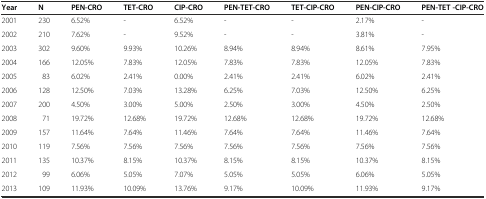
<table><thead><tr><td><b>Year</b></td><td><b>N</b></td><td><b>PEN-CRO</b></td><td><b>TET-CRO</b></td><td><b>CIP-CRO</b></td><td><b>PEN-TET-CRO</b></td><td><b>TET-CIP-CRO</b></td><td><b>PEN-CIP-CRO</b></td><td><b>PEN-TET -CIP-CRO</b></td></tr></thead><tbody><tr><td>2001</td><td>230</td><td>6.52%</td><td>-</td><td>6.52%</td><td>-</td><td>-</td><td>2.17%</td><td>-</td></tr><tr><td>2002</td><td>210</td><td>7.62%</td><td>-</td><td>9.52%</td><td>-</td><td>-</td><td>3.81%</td><td>-</td></tr><tr><td>2003</td><td>302</td><td>9.60%</td><td>9.93%</td><td>10.26%</td><td>8.94%</td><td>8.94%</td><td>8.61%</td><td>7.95%</td></tr><tr><td>2004</td><td>166</td><td>12.05%</td><td>7.83%</td><td>12.05%</td><td>7.83%</td><td>7.83%</td><td>12.05%</td><td>7.83%</td></tr><tr><td>2005</td><td>83</td><td>6.02%</td><td>2.41%</td><td>0.00%</td><td>2.41%</td><td>2.41%</td><td>6.02%</td><td>2.41%</td></tr><tr><td>2006</td><td>128</td><td>12.50%</td><td>7.03%</td><td>13.28%</td><td>6.25%</td><td>7.03%</td><td>12.50%</td><td>6.25%</td></tr><tr><td>2007</td><td>200</td><td>4.50%</td><td>3.00%</td><td>5.00%</td><td>2.50%</td><td>3.00%</td><td>4.50%</td><td>2.50%</td></tr><tr><td>2008</td><td>71</td><td>19.72%</td><td>12.68%</td><td>19.72%</td><td>12.68%</td><td>12.68%</td><td>19.72%</td><td>12.68%</td></tr><tr><td>2009</td><td>157</td><td>11.64%</td><td>7.64%</td><td>11.46%</td><td>7.64%</td><td>7.64%</td><td>11.46%</td><td>7.64%</td></tr><tr><td>2010</td><td>119</td><td>7.56%</td><td>7.56%</td><td>7.56%</td><td>7.56%</td><td>7.56%</td><td>7.56%</td><td>7.56%</td></tr><tr><td>2011</td><td>135</td><td>10.37%</td><td>8.15%</td><td>10.37%</td><td>8.15%</td><td>8.15%</td><td>10.37%</td><td>8.15%</td></tr><tr><td>2012</td><td>99</td><td>6.06%</td><td>5.05%</td><td>7.07%</td><td>5.05%</td><td>5.05%</td><td>6.06%</td><td>5.05%</td></tr><tr><td>2013</td><td>109</td><td>11.93%</td><td>10.09%</td><td>13.76%</td><td>9.17%</td><td>10.09%</td><td>11.93%</td><td>9.17%</td></tr></tbody></table>